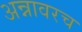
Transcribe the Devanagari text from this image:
अन्नावरच